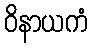
ဝိနာယကံ